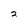
Character: 2